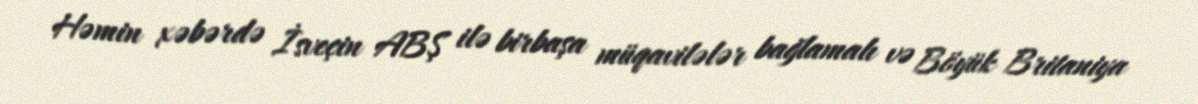
Həmin xəbərdə İsveçin ABŞ ilə birbaşa müqavilələr bağlamalı və Böyük Britaniya